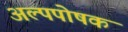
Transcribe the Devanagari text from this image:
अल्पपोषक